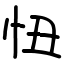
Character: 忸